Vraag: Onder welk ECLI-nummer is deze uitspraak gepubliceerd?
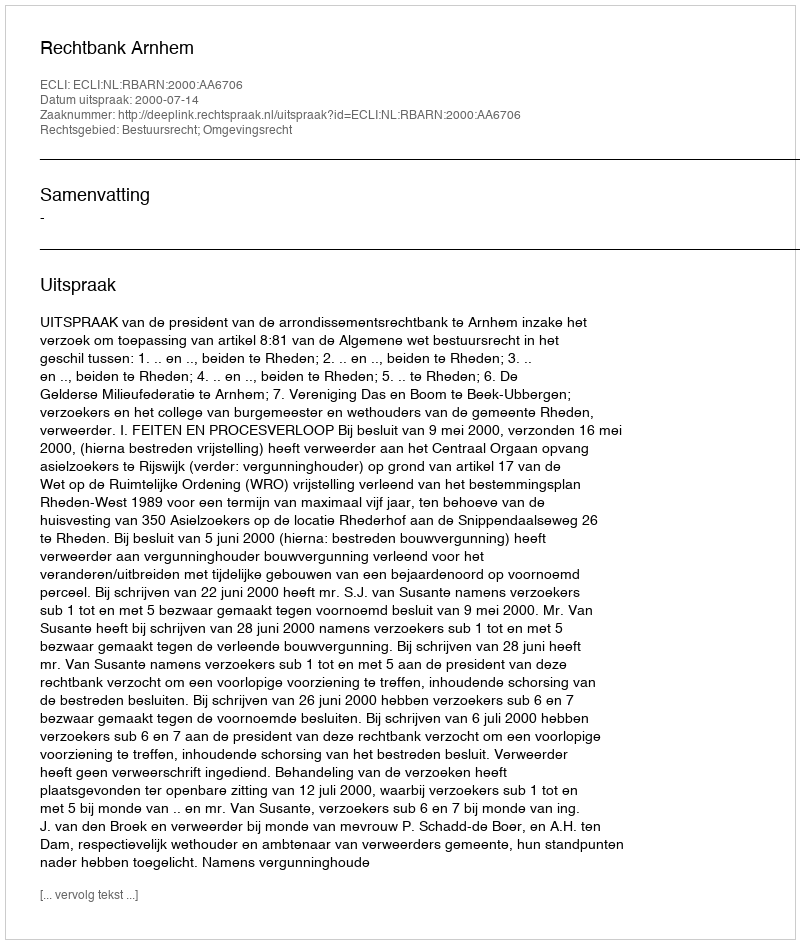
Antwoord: ECLI:NL:RBARN:2000:AA6706